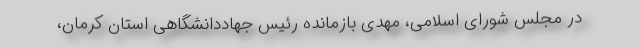
در مجلس شورای اسلامی، مهدی بازمانده رئیس جهاددانشگاهی استان کرمان،